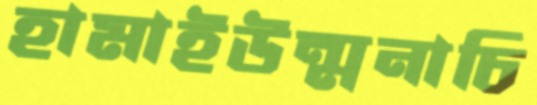
হামাইউন্মনাচি